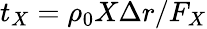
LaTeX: t_{X}=\rho_{0}X\Delta r/F_{X}